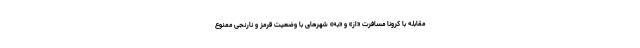
مقابله با کرونا مسافرت «از» و «به» شهرهای با وضعیت قرمز و نارنجی ممنوع